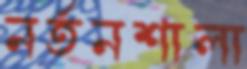
নর্তনশালা